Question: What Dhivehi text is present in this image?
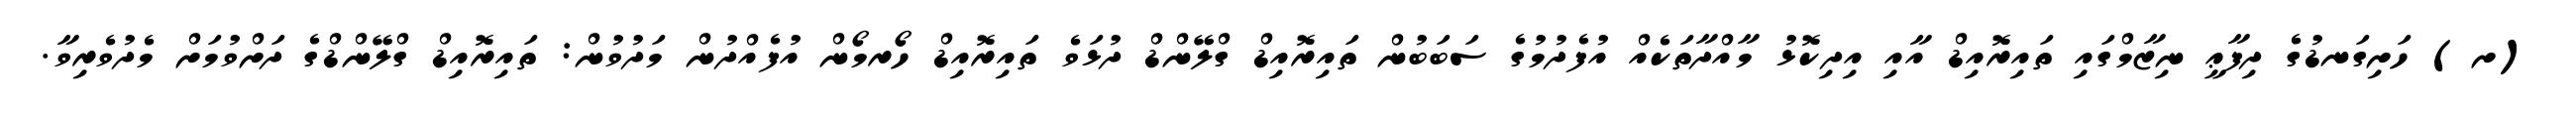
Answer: (ށ) ހަށިގަނޑުގެ ދިފާޢީ ނިޒާމްގައި ތައިރޮއިޑް އާއި އިދިކޮޅު މާއްދާތަކެއް އުފެދުމުގެ ސަބަބުން ތައިރޮއިޑް ގްލޭންޑް ދުޅަވެ ތައިރޮއިޑް ހޯރމޯން އުފެއްދުން މަދުވުން: ތައިރޮއިޑް ގްލޭންޑްގެ ދަށްވުމަށް މެދުވެރިވާ.